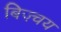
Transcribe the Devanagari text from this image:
बिज़्चय